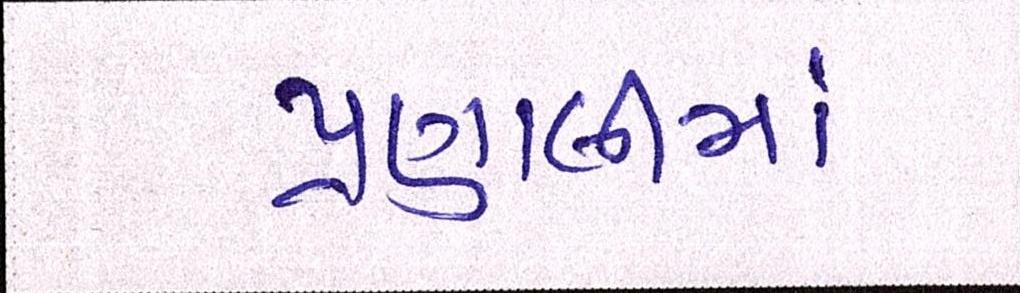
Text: પ્રણાલીમાં